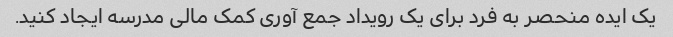
یک ایده منحصر به فرد برای یک رویداد جمع آوری کمک مالی مدرسه ایجاد کنید.